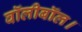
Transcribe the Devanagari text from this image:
वॉलीबॉल।